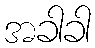
အခါခါ